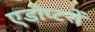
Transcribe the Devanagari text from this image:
एडोप्टरों